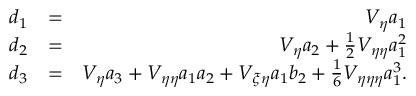
\begin{array} { r l r } { d _ { 1 } } & { = } & { V _ { \eta } a _ { 1 } } \\ { d _ { 2 } } & { = } & { V _ { \eta } a _ { 2 } + \frac { 1 } { 2 } V _ { \eta \eta } a _ { 1 } ^ { 2 } } \\ { d _ { 3 } } & { = } & { V _ { \eta } a _ { 3 } + V _ { \eta \eta } a _ { 1 } a _ { 2 } + V _ { \xi \eta } a _ { 1 } b _ { 2 } + \frac { 1 } { 6 } V _ { \eta \eta \eta } a _ { 1 } ^ { 3 } . } \end{array}